Indian journal of veterinary science and animal husbandry - Volume 8,
Year: 1938
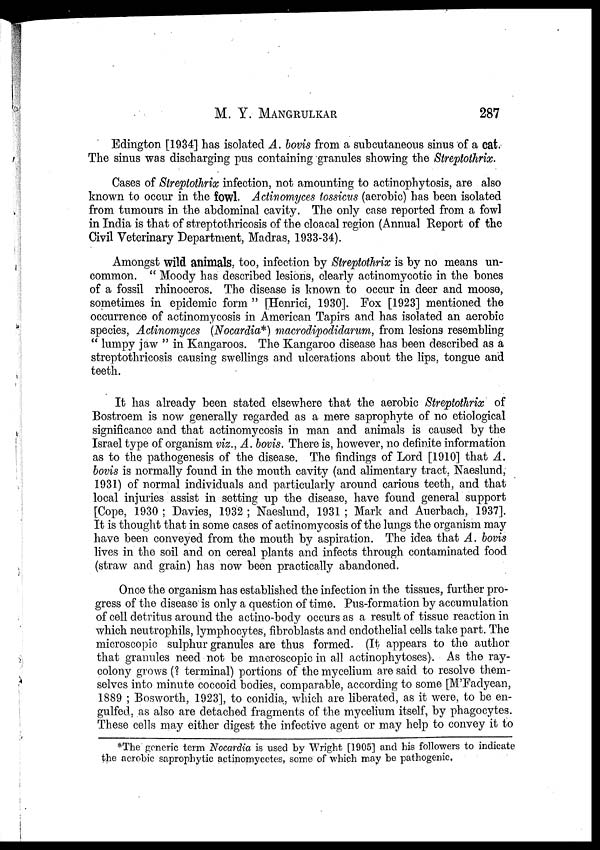
M. Y.
MANGRULKAR
287
Edington [1934] has isolated A. bovis from a subcutaneous sinus of a cat.
The sinus was discharging pus containing granules showing the Streptothrix.
Cases of Streptothrix infection, not amounting to actinophytosis, are also
known to occur in the fowl. Actinomyces tossicus (aerobic) has been isolated
from tumours in the abdominal cavity. The only case reported from a fowl
in India is that of streptothricosis of the cloacal region (Annual Report of the
Civil Veterinary Department, Madras, 1933-34).
Amongst wild animals, too, infection by Streptothrix is by no means un-
common. " Moody has described lesions, clearly actinomycotic in the bones
of a fossil rhinoceros. The disease is known to occur in deer and moose,
sometimes in epidemic form " [Henrici, 1930]. Fox [1923] mentioned the
occurrence of actinomycosis in American Tapirs and has isolated an aerobic
species, Actinomyces (Nocardia*) macrodipodidarum, from lesions resembling
" lumpy jaw " in Kangaroos. The Kangaroo disease has been described as a
streptothricosis causing swellings and ulcerations about the lips, tongue and
teeth.
It has already been stated elsewhere that the aerobic Streptothrix of
Bostroem is now generally regarded as a mere saprophyte of no etiological
significance and that actinomycosis in man and animals is caused by the
Israel type of organism viz., A. bovis. There is, however, no definite information
as to the pathogenesis of the disease. The findings of Lord [1910] that A.
bovis is normally found in the mouth cavity (and alimentary tract, Naeslund,
1931) of normal individuals and particularly around carious teeth, and that
local injuries assist in setting up the disease, have found general support
[Cope, 1930 ; Davies, 1932 ; Naeslund, 1931 ; Mark and Auerbach, 1937].
It is thought that in some cases of actinomycosis of the lungs the organism may-
have been conveyed from the mouth by aspiration. The idea that A. bovis
lives in the soil and on cereal plants and infects through contaminated food
(straw and grain) has now been practically abandoned.
Once the organism has established the infection in the tissues, further pro-
gress of the disease is only a question of time. Pus-formation by accumulation
of cell detritus around the actino-body occurs as a result of tissue reaction in
which neutrophils, lymphocytes, fibroblasts and endothelial cells take part. The
microscopic sulphur granules are thus formed. (It appears to the author
that granules need not be macroscopic in all actinophytoses). As the ray-
colony grows (? terminal) portions of the mycelium are said to resolve them-
selves into minute coccoid bodies, comparable, according to some [M'Fadyean,
1889 ; Bosworth, 1923], to conidia, which are liberated, as it were, to be en-
gulfed, as also are detached fragments of the mycelium itself, by phagocytes.
These cells may either digest the infective agent or may help to convey it to
*The generic term Nocardia is used by Wright [1905] and his followers to indicate
the aerobic saprophytic actinomycetes, some of which may be pathogenic.